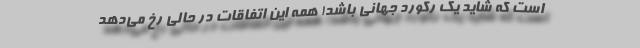
است که شاید یک رکورد جهانی باشد! همه این اتفاقات در حالی رخ می‌دهد